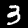
Digit: 3